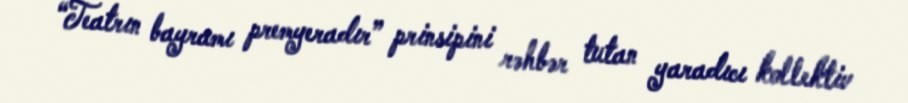
“Teatrın bayramı premyeradır” prinsipini rəhbər tutan yaradıcı kollektiv